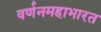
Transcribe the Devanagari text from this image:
वर्णनमहाभारत